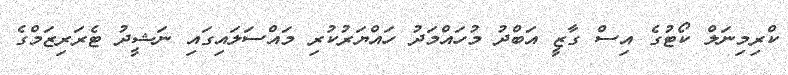
ކްރިމިނަލް ކޯޓުގެ އިސް ގާޒީ އަބްދު މުހައްމަދު ހައްޔަރުކުރި މައްސަލައިގައި ނަޝީދު ޓެރަރިޒަމްގެ